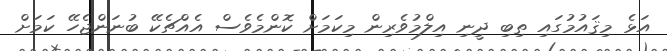
އަޅެ މިޤައުމުގައި ތިބި ދީނި އިލްމުވެރިން މިކަމަށް ކޮންމެވެސް އެއްޗެކޭ ބުނަންޖެހޭ ކަމަށް